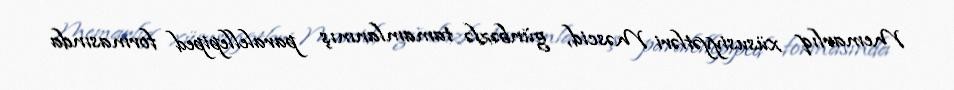
Memarlıq xüsusiyyətləri Məscid, günbəzlə tamamlanmış paralellepiped formasında